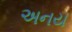
અનય